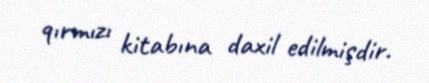
qırmızı kitabına daxil edilmişdir.